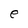
Character: e